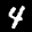
Label: 4